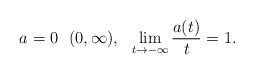
\begin{align*} a=0 \ \ (0,\infty), \ \ \lim_{t\to -\infty}\frac{a(t)}{t}=1.\end{align*}